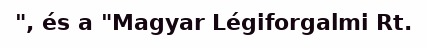
", és a "Magyar Légiforgalmi Rt.